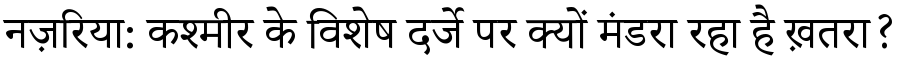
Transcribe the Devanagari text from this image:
नज़रिया: कश्मीर के विशेष दर्जे पर क्यों मंडरा रहा है ख़तरा?